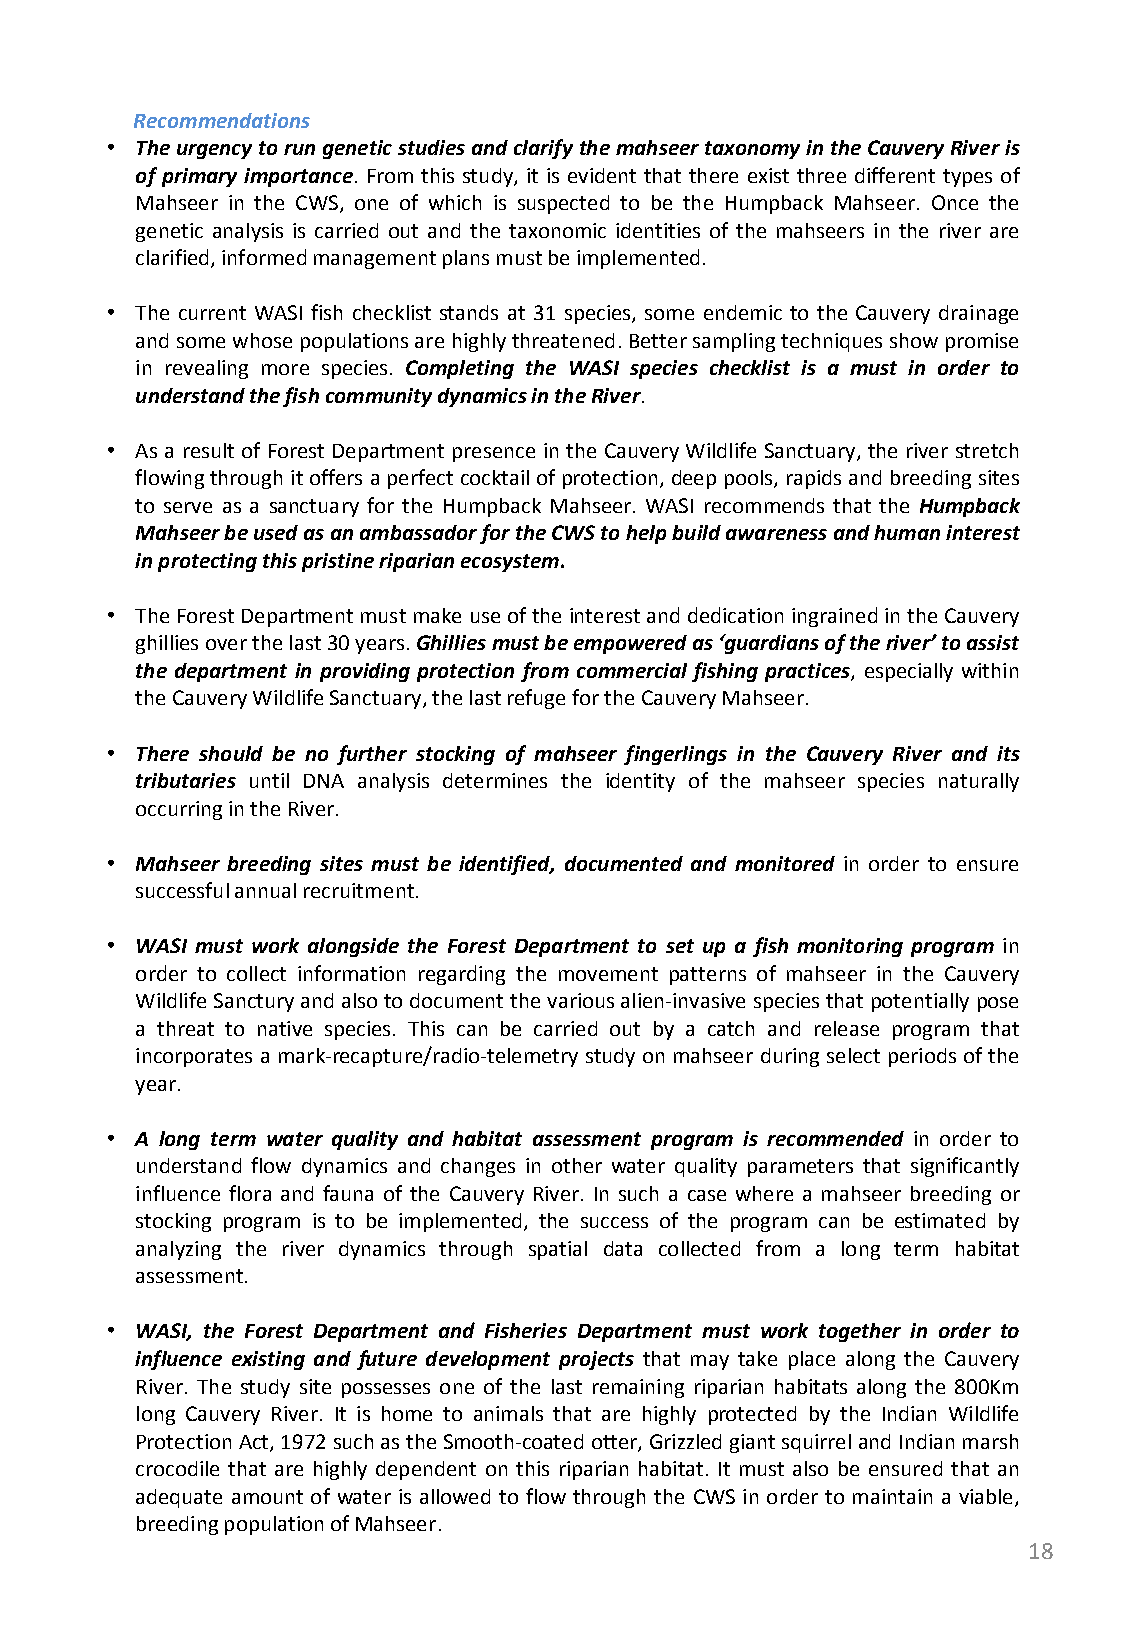
Recommendations
 • The urgency to run genetic studies and clarify the mahseer taxonomy in the Cauvery River is
 of primary importance. From this study, it is evident that there exist three different types of
 Mahseer in the CWS, one of which is suspected to be the Humpback Mahseer. Once the
 genetic analysis is carried out and the taxonomic identities of the mahseers in the river are
 clarified, informed management plans must be implemented.
 • The current WASI fish checklist stands at 31 species, some endemic to the Cauvery drainage
 and some whose populations are highly threatened. Better sampling techniques show promise
 in revealing more species. Completing the WASI species checklist is a must in order to
 understand the fish community dynamics in the River.
 • As a result of Forest Department presence in the Cauvery Wildlife Sanctuary, the river stretch
 flowing through it offers a perfect cocktail of protection, deep pools, rapids and breeding sites
 to serve as a sanctuary for the Humpback Mahseer. WASI recommends that the Humpback
 Mahseer be used as an ambassador for the CWS to help build awareness and human interest
 in protecting this pristine riparian ecosystem.
 • The Forest Department must make use of the interest and dedication ingrained in the Cauvery
 ghillies over the last 30 years. Ghillies must be empowered as ‘guardians of the river’ to assist
 the department in providing protection from commercial fishing practices, especially within
 the Cauvery Wildlife Sanctuary, the last refuge for the Cauvery Mahseer.
 • There should be no further stocking of mahseer fingerlings in the Cauvery River and its
 tributaries until DNA analysis determines the identity of the mahseer species naturally
 occurring in the River.
 • Mahseer breeding sites must be identified, documented and monitored in order to ensure
 successful annual recruitment.
 • WASI must work alongside the Forest Department to set up a fish monitoring program in
 order to collect information regarding the movement patterns of mahseer in the Cauvery
 Wildlife Sanctury and also to document the various alien-invasive species that potentially pose
 a threat to native species. This can be carried out by a catch and release program that
 incorporates a mark-recapture/radio-telemetry study on mahseer during select periods of the
 year.
 • A long term water quality and habitat assessment program is recommended in order to
 understand flow dynamics and changes in other water quality parameters that significantly
 influence flora and fauna of the Cauvery River. In such a case where a mahseer breeding or
 stocking program is to be implemented, the success of the program can be estimated by
 analyzing the river dynamics through spatial data collected from a long term habitat
 assessment.
 • WASI, the Forest Department and Fisheries Department must work together in order to
 influence existing and future development projects that may take place along the Cauvery
 River. The study site possesses one of the last remaining riparian habitats along the 800Km
 long Cauvery River. It is home to animals that are highly protected by the Indian Wildlife
 Protection Act, 1972 such as the Smooth-coated otter, Grizzled giant squirrel and Indian marsh
 crocodile that are highly dependent on this riparian habitat. It must also be ensured that an
 adequate amount of water is allowed to flow through the CWS in order to maintain a viable,
 breeding population of Mahseer.
 18